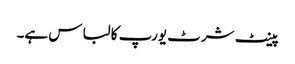
پینٹ شرٹ یورپ کا لباس ہے۔